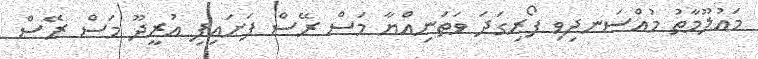
މައުލޫމާތު މުއްސަނދިވި ފޯރިގަދަ ވަތަނިއްޔާ މަސް ރޭސް ފަށައިފި އުރީދޫ މަސް ރޭސް